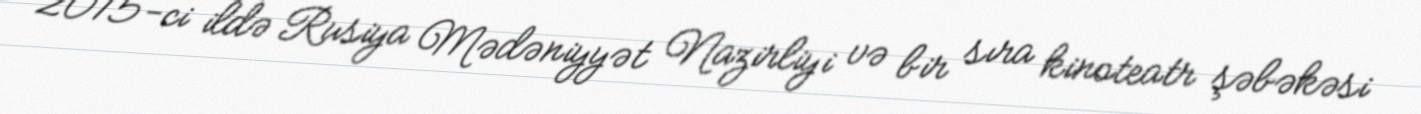
2015-ci ildə Rusiya Mədəniyyət Nazirliyi və bir sıra kinoteatr şəbəkəsi